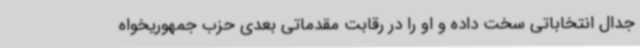
جدال انتخاباتی سخت داده و او را در رقابت مقدماتی بعدی حزب جمهوریخواه